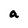
Character: a